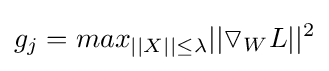
g_{j}=max_{||X||\leq \lambda }||\triangledown _{W}L||^{2}